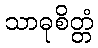
သာဓုစိတ္တံ